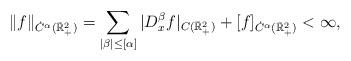
LaTeX: \begin{align*}\|f\|_{\dot{C}^\alpha(\bar{\mathbb R}^2_+)}=\sum_{|\beta|\le[\alpha]}|D_x^{\beta}f|_{C(\bar{\mathbb R}^2_+)}+[f]_{\dot{C}^{\alpha}(\bar{\mathbb R}^2_+)}<\infty,\end{align*}